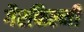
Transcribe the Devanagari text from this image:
गैरफिल्मी